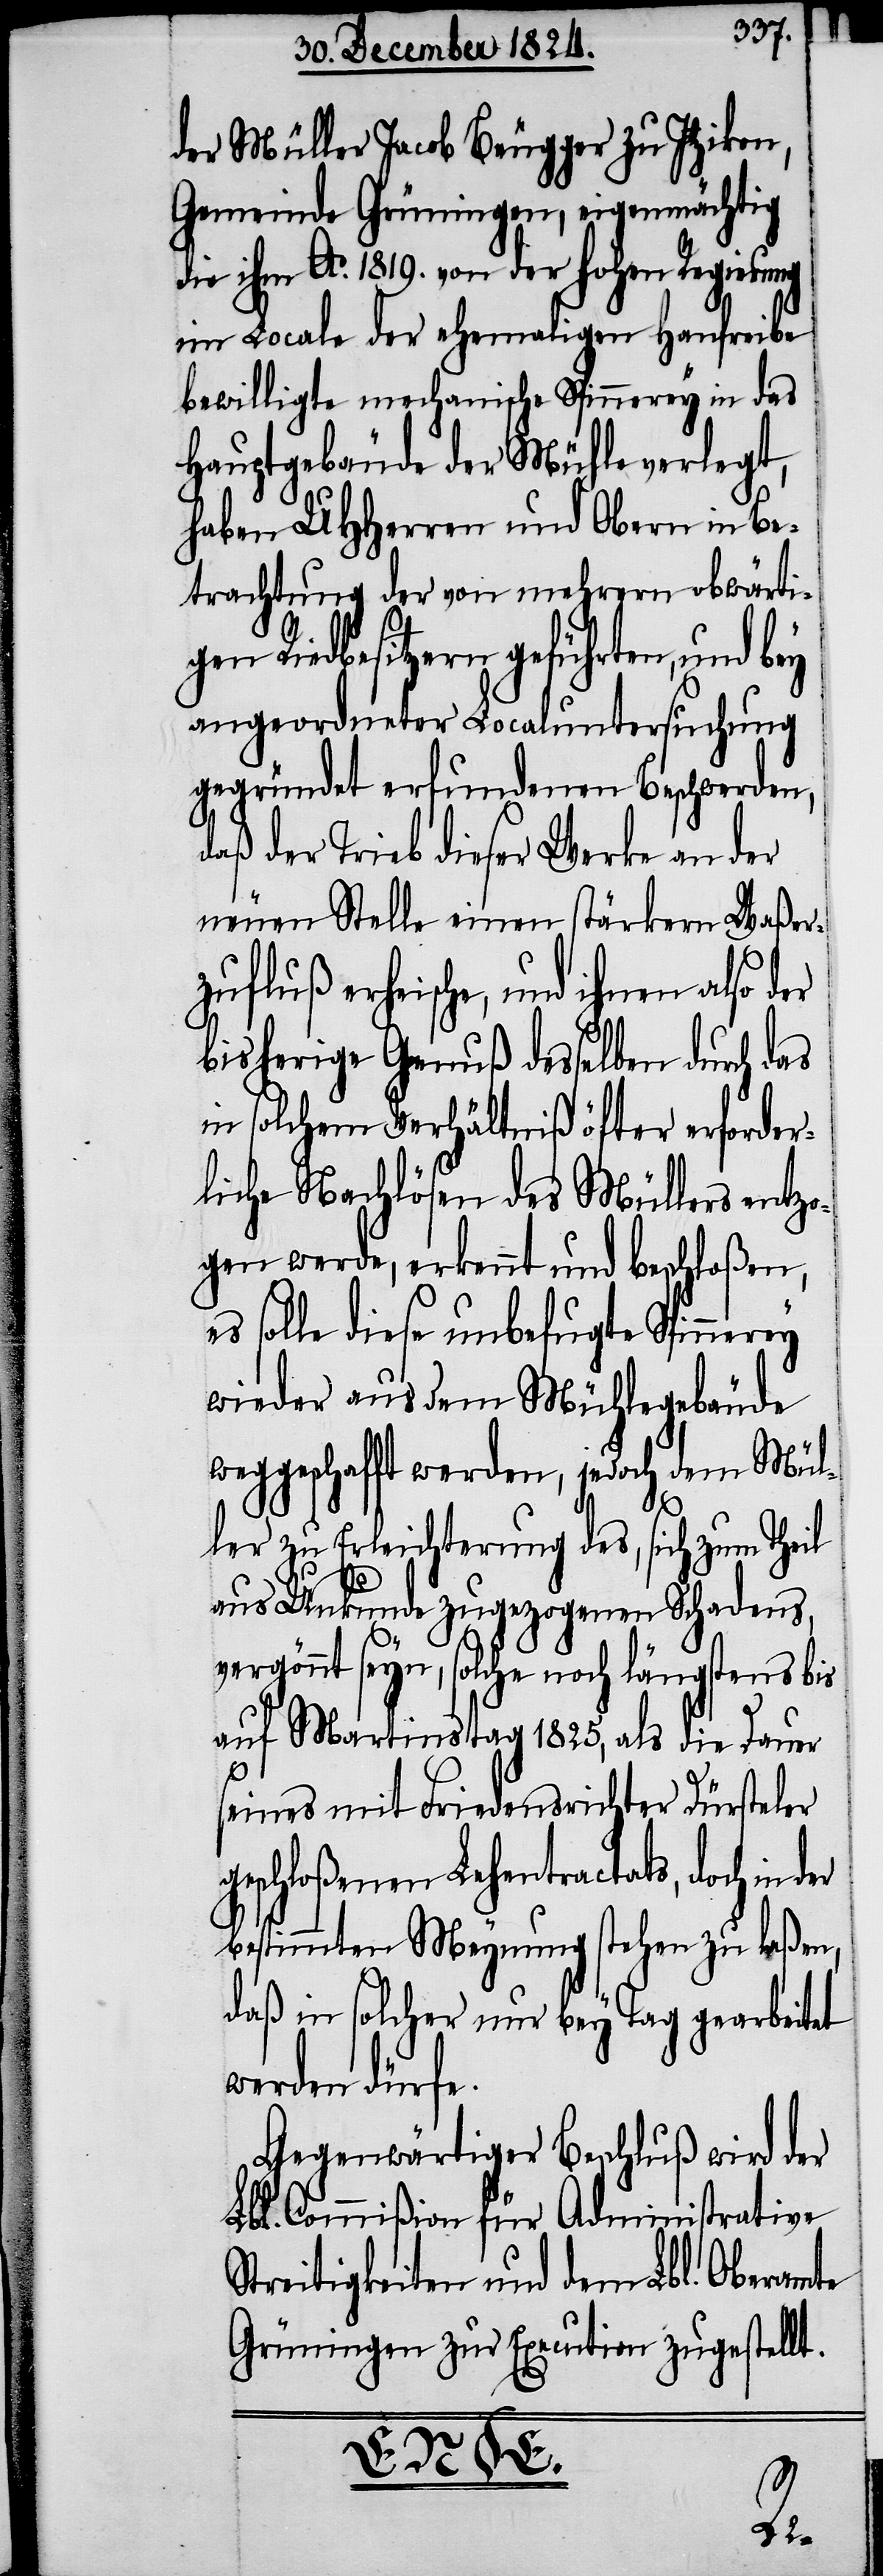
der Müller Jacob Beugger zu Itzikon,
Gemeinde Grüningen, eigenmächtig
die ihm Ao. 1819. von der hohen Regierung
im Locale der ehemaligen Hanfreibe
bewilligte mechanische Spinnerey in das
Hauptgebäude der Mühle verlegt,
haben UHHerren und Obern in Be¬
trachtung der von mehrern obwärti¬
gen Riedbesitzern geführten, und bey
angeordneter Localuntersuchung
gegründet erfundenen Beschwerden,
daß der Trieb dieser Werke an der
neuen Stelle einen stärkern Waßer¬
zufluß erheische, und ihnen also der
bisherige Genuß desselben durch das
in solchem Verhältniß öfter erforder¬
liche Nachlösen des Müllers entzo¬
gen werde, erkennt und beschloßen,
es solle diese unbefugte Spinnerey
wieder aus dem Mühlegebäude
weggeschafft werden, jedoch dem Mül¬
ler zu Erleichterung des, sich zum Theil
aus Unkunde zugezogenen Schadens,
vergönnt seyn, solche noch längstens bis
auf Martinstag 1825, als die Dauer
seines mit Friedensrichter Dürsteler
geschloßenen Lehentractats, doch in der
bestimmten Meynung stehen zu laßen,
daß in solcher nur bey Tag gearbeitet
werden dürfe.
Gegenwärtiger Beschluß wird der
Lbl. Commißion für Administrative
Streitigkeiten und dem Lbl. Oberamte
Grüningen zur Execution zugestellt.